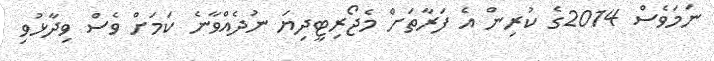
ނަމަވެސް 2014ގެ ކުރިން އެ ފަރާތަށް މެޖޯރިޓީދިޔަ ނުދެއްވާނެ ކަމަށް ވެސް ވިދާޅުވި